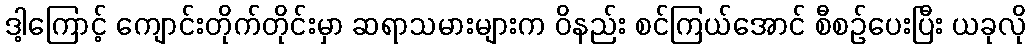
ဒါ့ကြောင့် ကျောင်းတိုက်တိုင်းမှာ ဆရာသမားများက ဝိနည်း စင်ကြယ်အောင် စီစဉ်ပေးပြီး ယခုလို